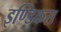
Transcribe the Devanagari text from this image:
इण्डिकस